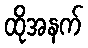
ထိုအနက်